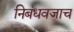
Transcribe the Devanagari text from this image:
निबंधवजाच